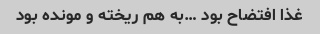
غذا افتضاح بود …به هم ریخته و مونده بود